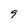
Character: 9